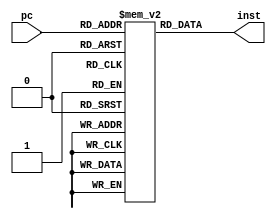
module inst_mem(pc, inst);
  input [9:0] pc;
  output reg [31:0] inst;
  
  reg [31:0] i_mem [1023:0];
  
  initial begin
    i_mem[0] = 32'h05110003;
    //i_mem[0] = 32'h09380000;
    i_mem[1] = 32'h055d0001;
    //i_mem[1] = 32'h08f00001;
    //i_mem[2] = 32'h00000000;
    //i_mem[2] = 32'h07400006;
    i_mem[2] = 32'h07b80000;
    i_mem[3] = 32'h00000000;
    i_mem[4] = 32'h00000000;
    i_mem[5] = 32'h00000000;
    i_mem[6] = 32'h00000000;
    i_mem[7] = 32'h00000000;
    i_mem[8] = 32'h02a26000;
    i_mem[9] = 32'h02eb4000;
  end
  
  always @(*) begin
    //inst <= {i_mem[pc+3], i_mem[pc+2], i_mem[pc+1], i_mem[pc]};
    inst <= i_mem[pc];
  end
endmodule


module fetch(clk, pc_jmp, isjmp, pc_n, inst);
  input clk;
  input [31:0] pc_jmp;
  input isjmp;
  output [31:0] pc_n;
  output [31:0] inst;
  
  wire [31:0] pc;
  reg [31:0] pc_r;
  
  initial begin
    pc_r = 0;
  end
  
  assign pc_n = pc_r + 1;
  assign pc = (isjmp == 0) ? pc_r + 1 : pc_jmp;
  
  always @(posedge clk) begin 
        pc_r <= pc;
  end
  
  inst_mem i_mem(.pc(pc_r[9:0]), .inst(inst));
endmodule